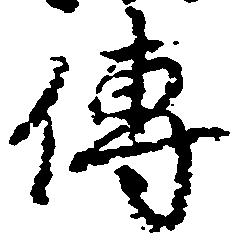
伝